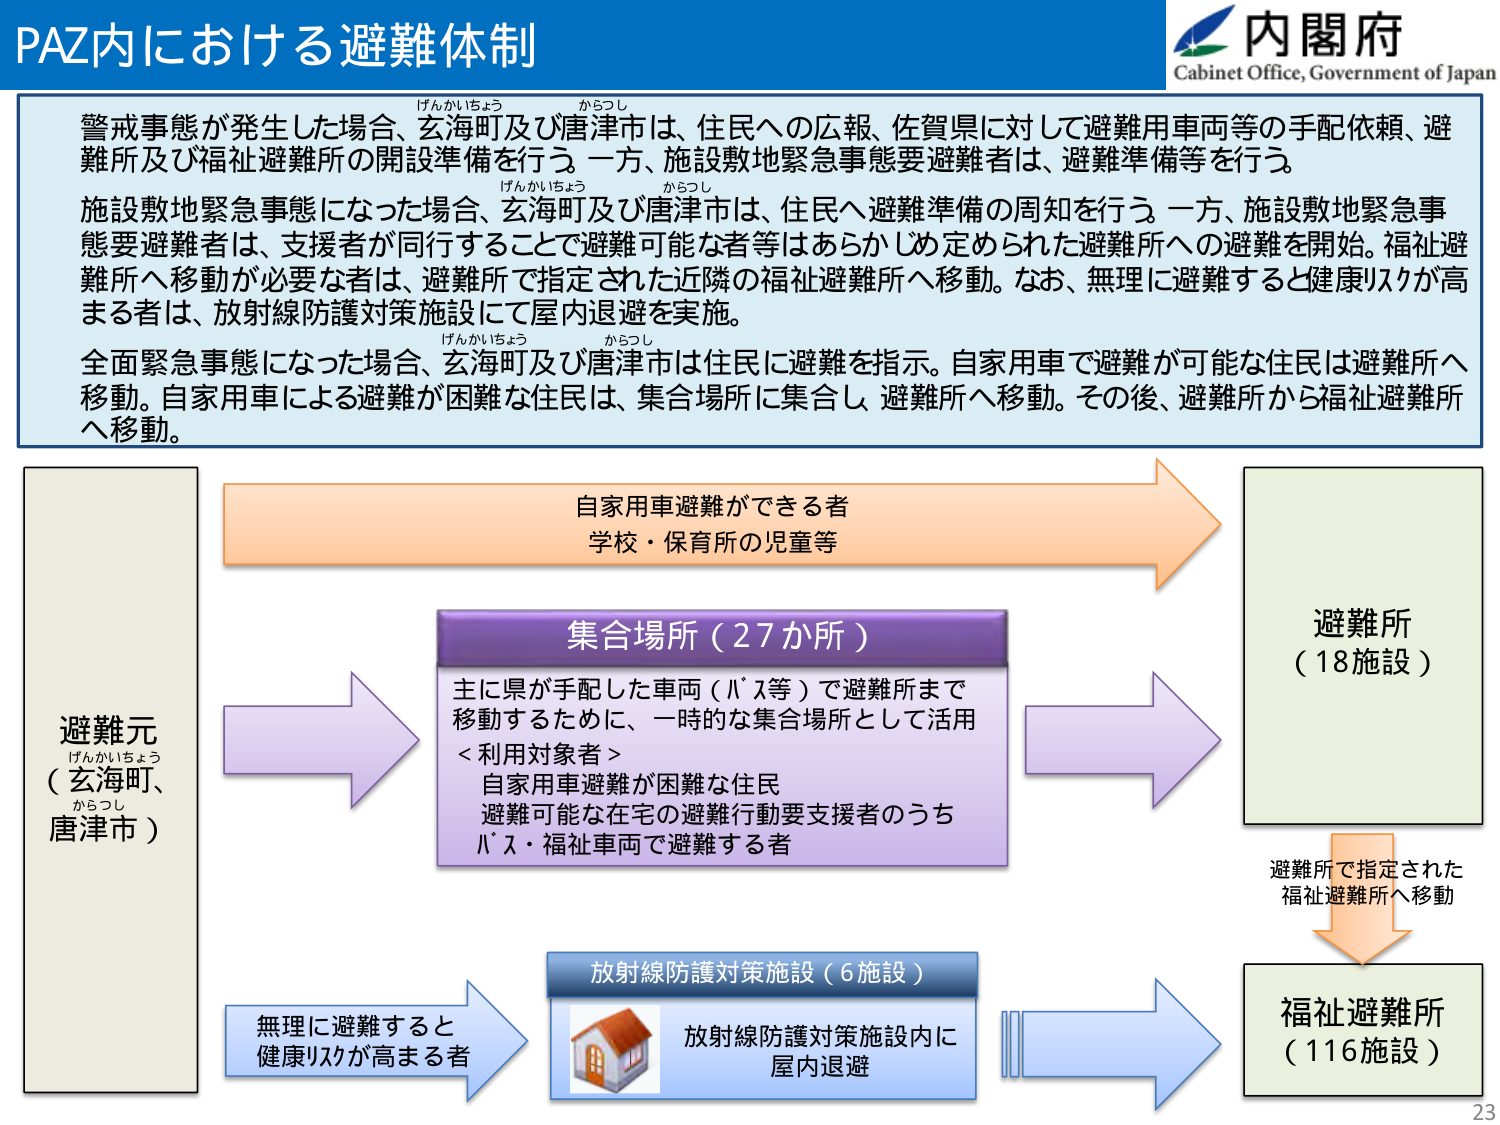
PAZ内における避難体制

内閣府
Cabinet Office, Government of Japan

警戒事態が発生した場合、玄海町及び唐津市は、住民への広報、佐賀県に対して避難用車両等の手配依頼、避難所及び福祉避難所の開設準備を行う。一方、施設敷地緊急事態要避難者は、避難準備等を行う。

施設敷地緊急事態になった場合、玄海町及び唐津市は、住民へ避難準備の周知を行う。一方、施設敷地緊急事態要避難者は、支援者が同行することで避難可能な者等はあらかじめ定められた避難所への避難を開始。福祉避難所へ移動が必要な者は、避難所で指定された近隣の福祉避難所へ移動。なお、無理に避難すると健康リスクが高まる者は、放射線防護対策施設にて屋内退避を実施。

全面緊急事態になった場合、玄海町及び唐津市は住民に避難を指示。自家用車で避難が可能な住民は避難所へ移動。自家用車による避難が困難な住民は、集合場所に集合し、避難所へ移動。その後、避難所から福祉避難所へ移動。

避難元
（玄海町、唐津市）

自家用車避難ができる者
学校・保育所の児童等

集合場所（27か所）
主に県が手配した車両（バス等）で避難所まで移動するために、一時的な集合場所として活用
＜利用対象者＞
自家用車避難が困難な住民
避難可能な在宅の避難行動要支援者のうち
バス・福祉車両で避難する者

避難所
（18施設）

避難所で指定された
福祉避難所へ移動

無理に避難すると
健康リスクが高まる者

放射線防護対策施設（6施設）
放射線防護対策施設内に
屋内退避

福祉避難所
（116施設）

23